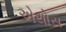
એથોસ